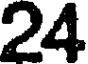
24